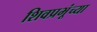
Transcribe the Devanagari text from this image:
शिवप्रभूंच्या